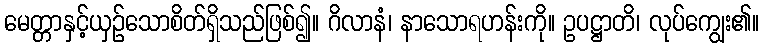
မေတ္တာနှင့်ယှဉ်သောစိတ်ရှိသည်ဖြစ်၍။ ဂိလာနံ၊ နာသောရဟန်းကို။ ဥပဋ္ဌာတိ၊ လုပ်ကျွေး၏။